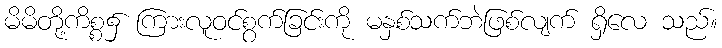
မိမိတို့ကိစ္စ၌ ကြားလူဝင်စွက်ခြင်းကို မနှစ်သက်ဘဲဖြစ်လျက် ရှိလေ သည်။